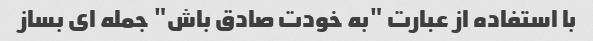
با استفاده از عبارت "به خودت صادق باش" جمله ای بساز